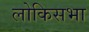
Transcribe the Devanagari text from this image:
लोकिसभा